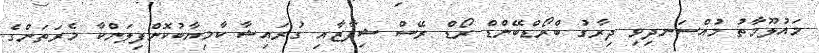
މައުލޫމާތު މުއްސަނދިވި ދިރާގު ބްރޯޑްބޭންޑް ރޯޑް ރޭސް ޝިފާޒާއި ގުރައިޝާ ކާމިޔާބުކޮށްފިލަންކާ މެރަތަންގެ